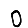
Digit: 0